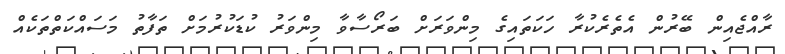
ރާއްޖެއިން ބޭރުން އެތެރެކުރާ ހަކަތައިގެ މިންވަރަށް ބަރޯސާވާ މިންވަރު ކުޑަކުރުމަށް ތަފާތު މަސައްކަތްތަކެއް